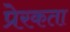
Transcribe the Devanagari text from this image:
प्रेरकता